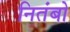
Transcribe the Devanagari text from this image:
नितंबो